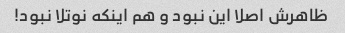
ظاهرش اصلا این نبود و هم اینکه نوتلا نبود!